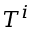
T ^ { i }